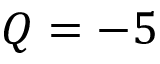
Q = - 5